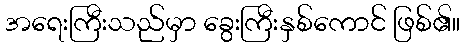
အရေးကြီးသည်မှာ ခွေးကြီးနှစ်ကောင် ဖြစ်၏။